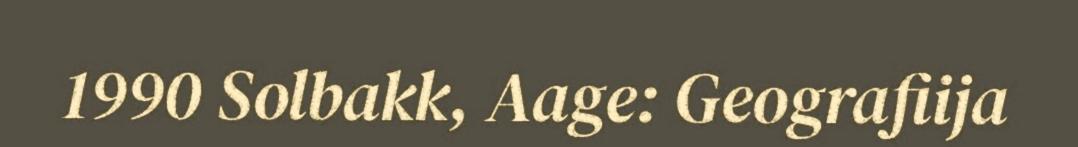
1990 Solbakk, Aage: Geografiija